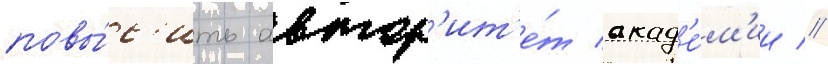
повы́с'ить автор'ит'е́т акад'е́м'ии //